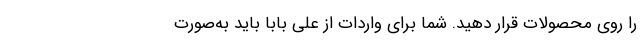
را روی محصولات قرار دهید. شما برای واردات از علی بابا باید به‌صورت